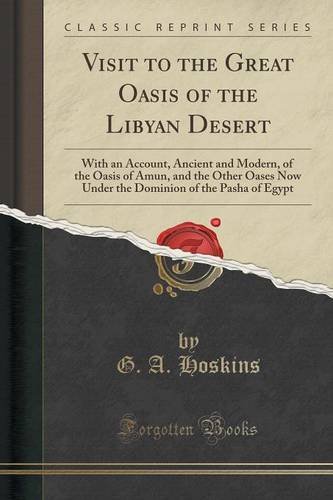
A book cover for Visit to the Great Oasis of the Libyan Desert: With an Account, Ancient and Modern, of the Oasis of Amun, and the Other Oases Now Under the Dominion of the Pasha of Egypt (Classic Reprint); G. A. Hoskins; Travel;